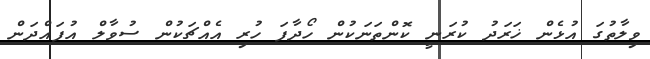
ވިލާތުގަ އުޅެން ޚަރަދު ކުރަނީ ކޮންތަނަކުން ހޯދާފަ ހުރި އެއްޗަކުން ސުވާލް އުފައްދަން